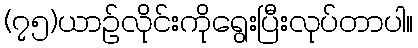
(၇၅)ယာဉ်လိုင်းကိုရွေးပြီးလုပ်တာပါ။